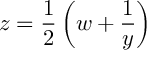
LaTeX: z = \frac { 1 } { 2 } \left( w + \frac { 1 } { y } \right)